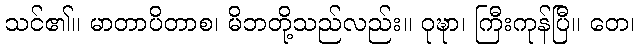
သင်၏။ မာတာပိတာစ၊ မိဘတို့သည်လည်း။ ဝုဍ္ဎာ၊ ကြီးကုန်ပြီ။ တေ၊